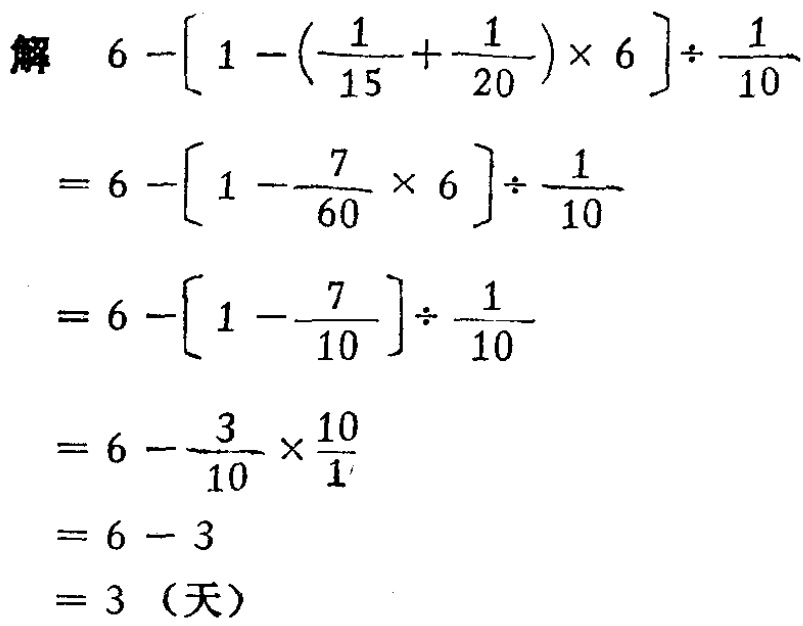
\[

\begin{align*}

&6-\left[1 - \left(\frac{1}{15}+\frac{1}{20}\right)\times6\right]\div\frac{1}{10}\\

=&6-\left[1-\frac{7}{60}\times6\right]\div\frac{1}{10}\\

=&6-\left[1-\frac{7}{10}\right]\div\frac{1}{10}\\

=&6-\frac{3}{10}\times\frac{10}{1}\\

=&6 - 3\\

=&3 \text{（天）}

\end{align*}

\]